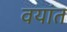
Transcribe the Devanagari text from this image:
वयांत